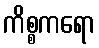
ကိစ္စကရော